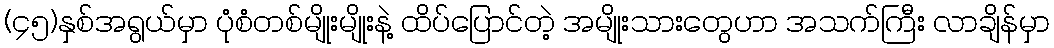
(၄၅)နှစ်အရွယ်မှာ ပုံစံတစ်မျိုးမျိုးနဲ့ ထိပ်ပြောင်တဲ့ အမျိုးသားတွေဟာ အသက်ကြီး လာချိန်မှာ